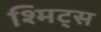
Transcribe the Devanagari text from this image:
श्मिट्स